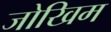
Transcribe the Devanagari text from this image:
जोखिम